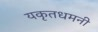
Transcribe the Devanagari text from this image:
यकृतधमनी